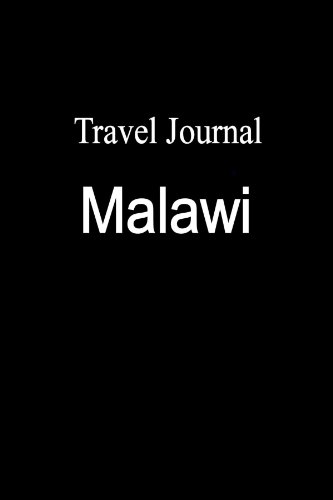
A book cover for Travel Journal Malawi; E Locken; Travel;